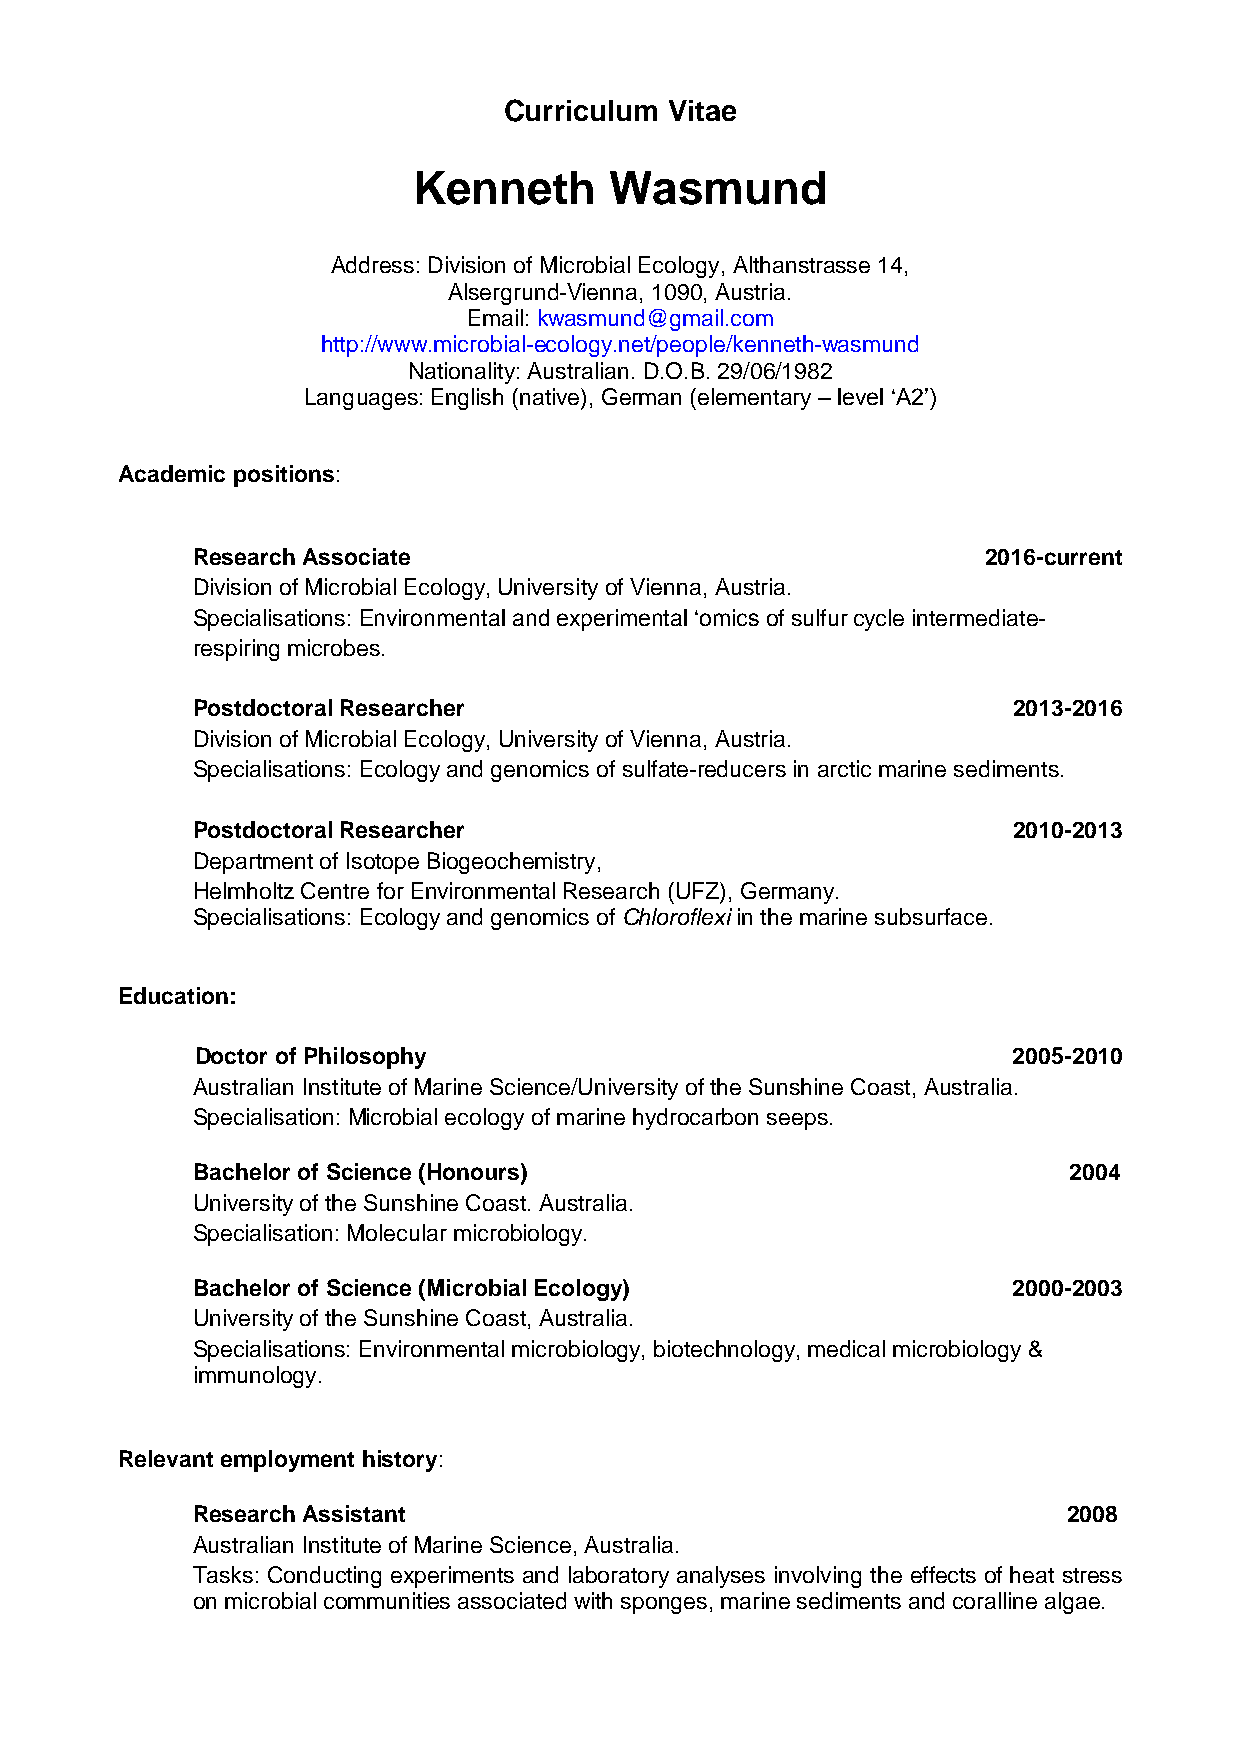
Curriculum Vitae
 Kenneth      Wasmund
 Address: Division of Microbial Ecology, Althanstrasse 14,
 Alsergrund-Vienna, 1090, Austria.
 Email: kwasmund@gmail.com
 http://www.microbial-ecology.net/people/kenneth-wasmund
 Nationality: Australian. D.O.B. 29/06/1982
 Languages: English (native), German (elementary – level ‘A2’)
 Academic positions:
 Research Associate                                  2016-current
 Division of Microbial Ecology, University of Vienna, Austria.
 Specialisations: Environmental and experimental ‘omics of sulfur cycle intermediate-
 respiring microbes.
 Postdoctoral Researcher                               2013-2016
 Division of Microbial Ecology, University of Vienna, Austria.
 Specialisations: Ecology and genomics of sulfate-reducers in arctic marine sediments.
 Postdoctoral Researcher                               2010-2013
 Department of Isotope Biogeochemistry,
 Helmholtz Centre for Environmental Research (UFZ), Germany.
 Specialisations: Ecology and genomics of Chloroflexi in the marine subsurface.
 Education:
 Doctor of Philosophy                                  2005-2010
 Australian Institute of Marine Science/University of the Sunshine Coast, Australia.
 Specialisation: Microbial ecology of marine hydrocarbon seeps.
 Bachelor of Science (Honours)                             2004
 University of the Sunshine Coast. Australia.
 Specialisation: Molecular microbiology.
 Bachelor of Science (Microbial Ecology)               2000-2003
 University of the Sunshine Coast, Australia.
 Specialisations: Environmental microbiology, biotechnology, medical microbiology &
 immunology.
 Relevant employment history:
 Research Assistant                                        2008
 Australian Institute of Marine Science, Australia.
 Tasks: Conducting experiments and laboratory analyses involving the effects of heat stress
 on microbial communities associated with sponges, marine sediments and coralline algae.